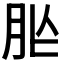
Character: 𦙐